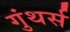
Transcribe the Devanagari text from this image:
गुंथर्स